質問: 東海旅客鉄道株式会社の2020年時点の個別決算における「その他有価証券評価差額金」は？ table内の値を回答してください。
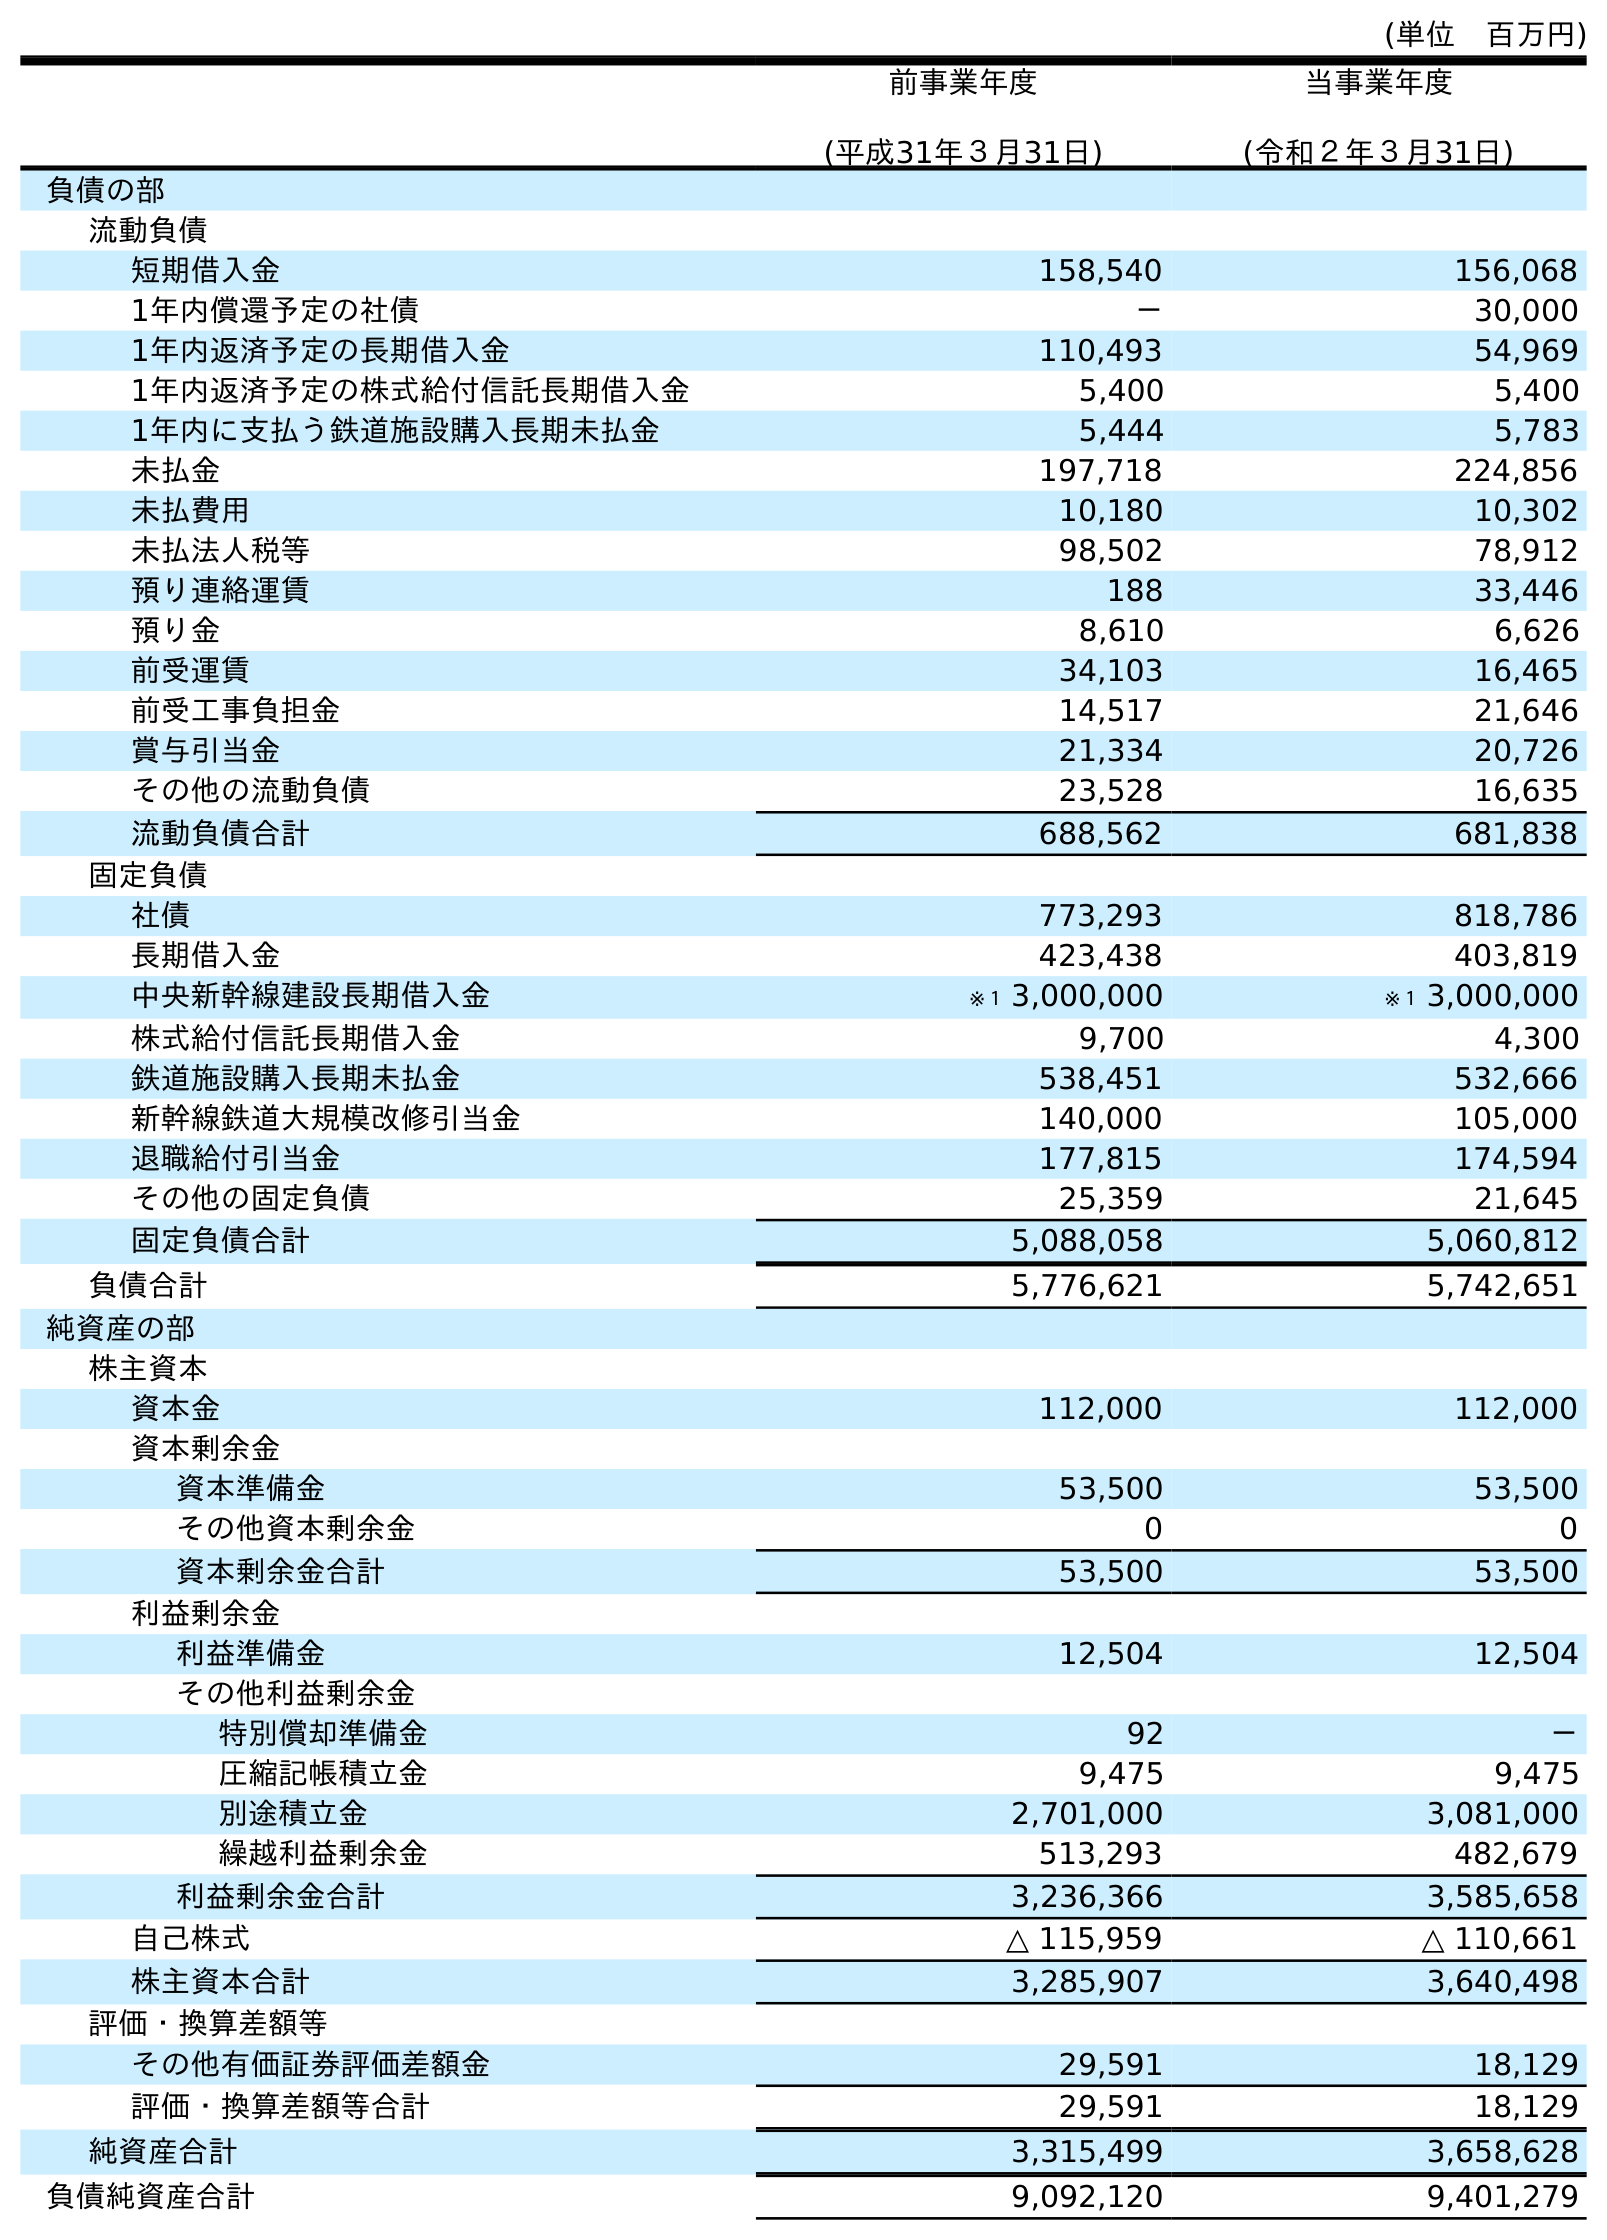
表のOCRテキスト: (単位 百万円) 前事業年度 (平成31年３月31日) 当事業年度 (令和２年３月31日) 負債の部 流動負債 短期借入金 158,540 156,068 1年内償還予定の社債 － 30,000 1年内返済予定の長期借入金 110,493 54,969 1年内返済予定の株式給付信託長期借入金 5,400 5,400 1年内に支払う鉄道施設購入長期未払金 5,444 5,783 未払金 197,718 224,856 未払費用 10,180 10,302 未払法人税等 98,502 78,912 預り連絡運賃 188 33,446 預り金 8,610 6,626 前受運賃 34,103 16,465 前受工事負担金 14,517 21,646 賞与引当金 21,334 20,726 その他の流動負債 23,528 16,635 流動負債合計 688,562 681,838 固定負債 社債 773,293 818,786 長期借入金 423,438 403,819 中央新幹線建設長期借入金 ※１ 3,000,000 ※１ 3,000,000 株式給付信託長期借入金 9,700 4,300 鉄道施設購入長期未払金 538,451 532,666 新幹線鉄道大規模改修引当金 140,000 105,000 退職給付引当金 177,815 174,594 その他の固定負債 25,359 21,645 固定負債合計 5,088,058 5,060,812 負債合計 5,776,621 5,742,651 純資産の部 株主資本 資本金 112,000 112,000 資本剰余金 資本準備金 53,500 53,500 その他資本剰余金 0 0 資本剰余金合計 53,500 53,500 利益剰余金 利益準備金 12,504 12,504 その他利益剰余金 特別償却準備金 92 － 圧縮記帳積立金 9,475 9,475 別途積立金 2,701,000 3,081,000 繰越利益剰余金 513,293 482,679 利益剰余金合計 3,236,366 3,585,658 自己株式 △ 115,959 △ 110,661 株主資本合計 3,285,907 3,640,498 評価・換算差額等 その他有価証券評価差額金 29,591 18,129 評価・換算差額等合計 29,591 18,129 純資産合計 3,315,499 3,658,628 負債純資産合計 9,092,120 9,401,279
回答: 18,129